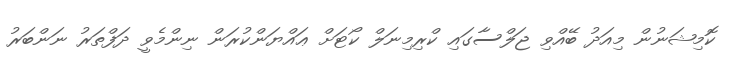
ކޮމިޝަނުން މިއަދު ބޭއްވި ޖަލްސާގައި ކްރިމިނަލް ކޯޓަށް ޢައްޔަންކުރަން ނިންމެވީ ދަފްތަރު ނަންބަރު